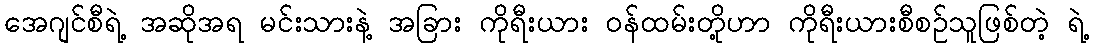
အေဂျင်စီရဲ့ အဆိုအရ မင်းသားနဲ့ အခြား ကိုရီးယား ဝန်ထမ်းတို့ဟာ ကိုရီးယားစီစဉ်သူဖြစ်တဲ့ ရဲ့